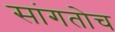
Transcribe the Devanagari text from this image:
सांगतोच